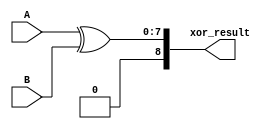
module xor_g (input[7:0] A,B,output reg[8:0] xor_result);
always @ (*)
 begin
  xor_result=A^B;
end
endmodule